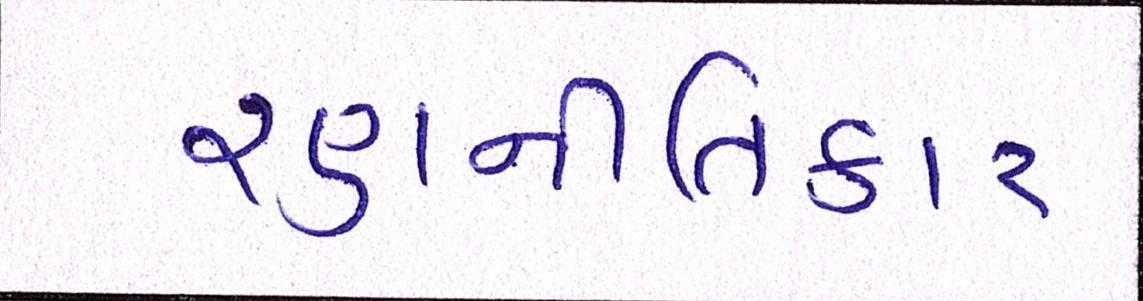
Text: રણનીતિકાર